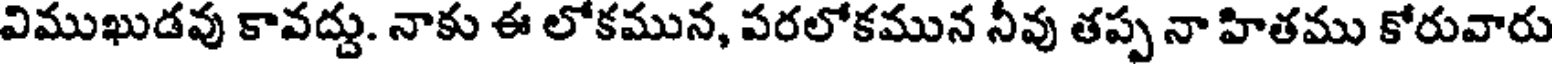
విముఖుడవు కావద్దు. నాకు ఈ లోకమున, పరలోకమున నీవు తప్ప నా హితము కోరువారు